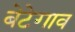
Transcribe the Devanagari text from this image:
बेटेगाव